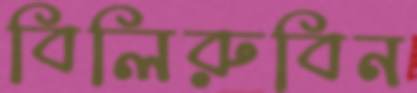
বিলিরুবিন